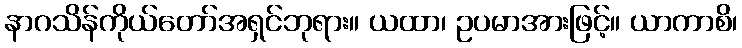
နာဂသိန်ကိုယ်တော်အရှင်ဘုရား။ ယထာ၊ ဥပမာအားဖြင့်။ ယာကာစိ၊